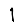
Digit: 1